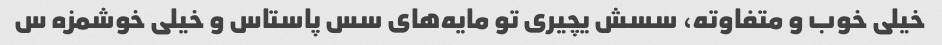
خیلی خوب و متفاوته، سسش یچیری تو مایه‌های سس پاستاس و خیلی خوشمزه س